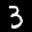
Label: 3